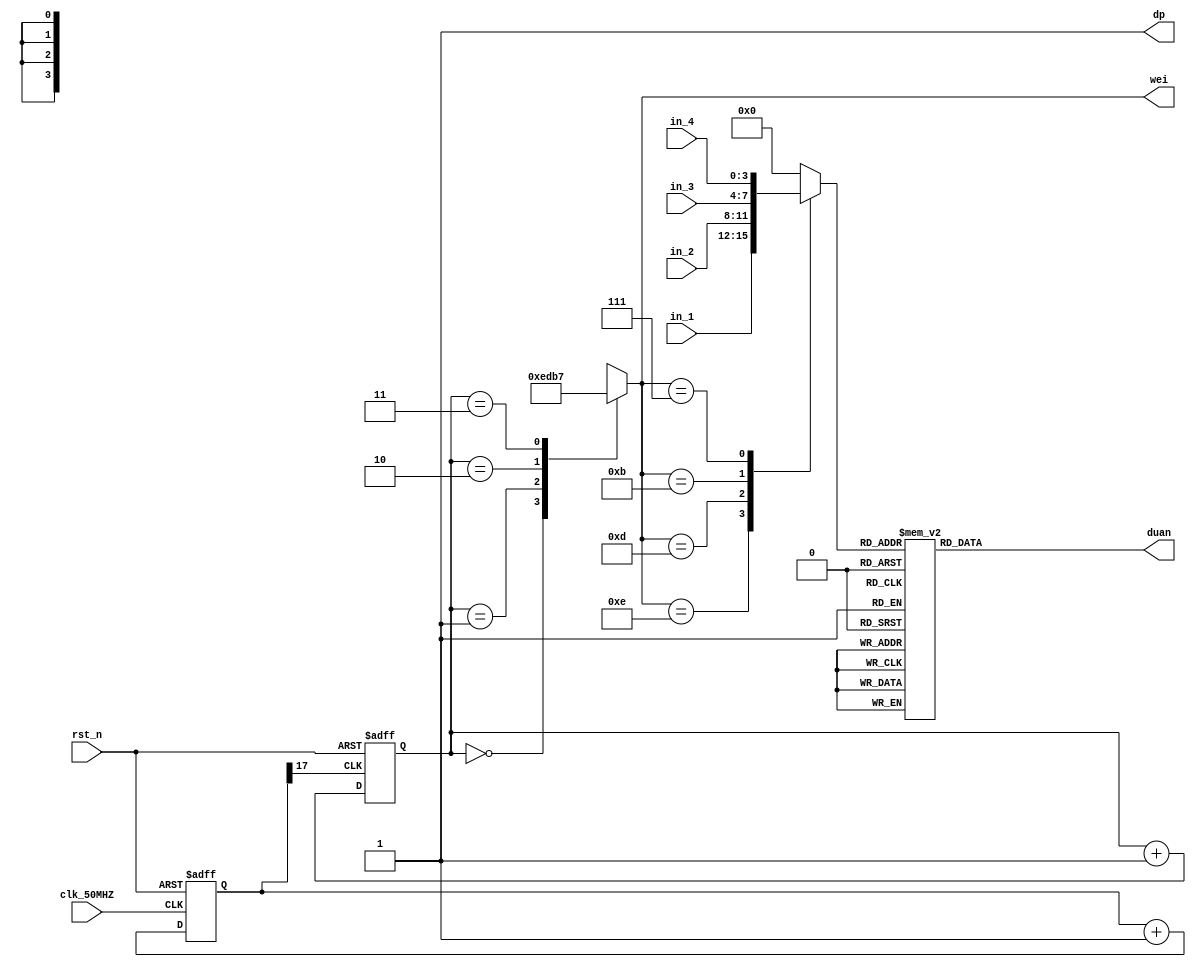
`timescale 1ns / 1ps
//////////////////////////////////////////////////////////////////////////////////
// Company: 
// Engineer: 
// 
// Design Name: 
// Module Name:    seg 
// Project Name: 
// Target Devices: 
// Tool versions: 
// Description: 
//
// Dependencies: 
//
// Revision: 
// Revision 0.01 - File Created
// Additional Comments: 
//
//////////////////////////////////////////////////////////////////////////////////
module seg(
	input clk_50MHZ,
	input rst_n,
	input [3:0] in_1,
	input [3:0] in_2,
	input [3:0] in_3,
	input [3:0] in_4,
	
	output reg [6:0] duan,
	output reg [3:0] wei,
	output dp
    );
	
	
	
	reg [3:0] out_4;       
	reg [1:0] S;
	wire clk_190HZ;
	reg [17:0] cnt;
	
	assign clk_190HZ = cnt[17];
	assign dp = 1;
	
	
	always@(posedge clk_50MHZ or negedge rst_n)begin
		if(!rst_n)
			cnt <= 18'd0;
		else
			cnt <= cnt + 1;
	end

	
	always@(posedge clk_190HZ or negedge rst_n)begin
	   if(!rst_n)
	     S <= 0;
	   else
	     S <= S + 1;
	end
	
	always@(*)
	begin
	   case(S)
		0:wei = 4'b1110;
		1:wei = 4'b1101;
		2:wei = 4'b1011;
		3:wei = 4'b0111;
		default:wei = 4'b1111;
	   endcase
	end
	
	always@(*)
	begin
		case(wei)
			4'b1110:out_4 = in_1;
			4'b1101:out_4 = in_2;
			4'b1011:out_4 = in_3;
			4'b0111:out_4 = in_4;
			default:out_4 = 4'b0;
		endcase
	end
	
	always@(*)
	begin
		case(out_4)
			0:duan = 7'b000_0001;
			1:duan = 7'b100_1111;
			2:duan = 7'b001_0010;
			3:duan = 7'b000_0110;
			4:duan = 7'b100_1100;
			5:duan = 7'b010_0100;
			6:duan = 7'b010_0000;
			7:duan = 7'b000_1111;
			8:duan = 7'b000_0000;
			9:duan = 7'b000_0100;
			default:duan = 7'b000_0001;
		endcase
	end

endmodule